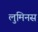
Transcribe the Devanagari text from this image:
लुमिनस